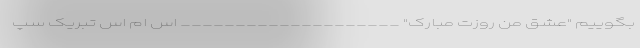
بگوییم "عشق من روزت مبارک" ____________________ اس ام اس تبریک سپ